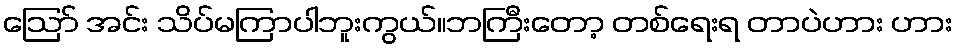
ဪ အင်း သိပ်မကြာပါဘူးကွယ်။ဘကြီးတော့ တစ်ရေးရ တာပဲဟား ဟား